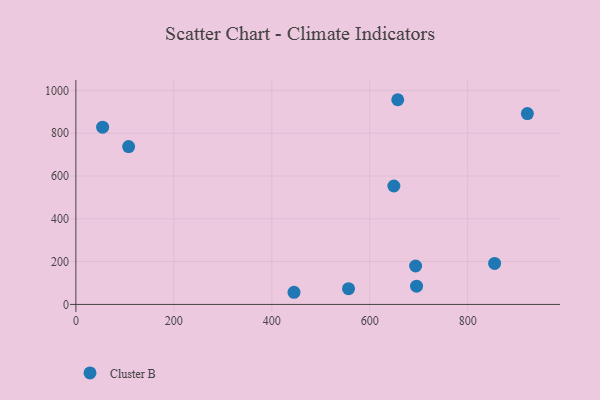
{"axis": {"x": "Experience", "y": "Fuel Efficiency"}, "legend": ["Cluster B"], "data": [{"x": "921.9", "y": 891.6, "type": "Cluster B"}, {"x": "649.3", "y": 553.4, "type": "Cluster B"}, {"x": "693.7", "y": 179.5, "type": "Cluster B"}, {"x": "107.7", "y": 737.5, "type": "Cluster B"}, {"x": "657.2", "y": 956.4, "type": "Cluster B"}, {"x": "695.6", "y": 85.1, "type": "Cluster B"}, {"x": "54.6", "y": 828.2, "type": "Cluster B"}, {"x": "855.0", "y": 191.5, "type": "Cluster B"}, {"x": "556.7", "y": 73.8, "type": "Cluster B"}, {"x": "445.4", "y": 56.8, "type": "Cluster B"}]}